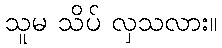
သူမ သိပ် လှသလား။